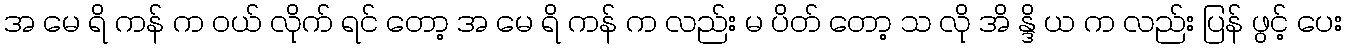
အ မေ ရိ ကန် က ဝယ် လိုက် ရင် တော့ အ မေ ရိ ကန် က လည်း မ ပိတ် တော့ သ လို အိ န္ဒိ ယ က လည်း ပြန် ဖွင့် ပေး